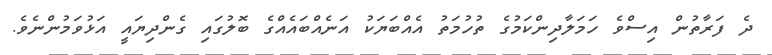
ދެ ފަރާތުން އިސްވެ ހަމަލާދިންކަމުގެ ތުހުމަތު އެއްބަޔަކު އަނެއްބައެއްގެ ބޮލުގައި ގެންދިޔައީ އަޅުވަމުންނެވެ.